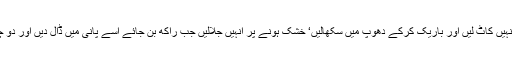
مولی کا نمک بہت سے امراض کا علاج ہے‘ سخت بڑی بڑی مولیاں لے لیں‘ انہیں کاٹ لیں اور باریک کرکے دھوپ میں سکھالیں‘ خشک ہونے پر انہیں جلالیں جب راکھ بن جائے اسے پانی میں ڈال دیں اور دو چار دن پڑی رہنے دیں پانی میں نمک آجائے گا اور راکھ نیچے بیٹھ جائے گی۔